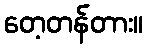
တေ့တန်တား။